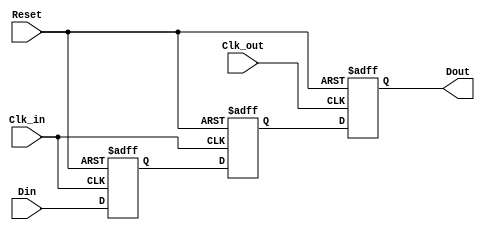
module MemoryBlocksPipelineSynchronizer #(
    parameter DATA_WIDTH = 8,    // Width of the data input/output
    parameter STAGES = 2          // Number of flip-flop stages for metastability handling
) (
    input  wire [DATA_WIDTH-1:0] Din,       // Data input
    input  wire Clk_in,                      // Source clock input
    input  wire Clk_out,                     // Destination clock input
    input  wire Reset,                       // Asynchronous reset
    output reg  [DATA_WIDTH-1:0] Dout       // Synchronized data output
);

    // Intermediate registers for the pipeline stages
    reg [DATA_WIDTH-1:0] sync_stage [0:STAGES-1];

    // Asynchronous reset and synchronization on Clk_in
    always @(posedge Clk_in or posedge Reset) begin
        if (Reset) begin
            sync_stage[0] <= {DATA_WIDTH{1'b0}};
        end else begin
            sync_stage[0] <= Din;  // Capture the input data
        end
    end

    // Synchronize the data to the destination clock domain
    generate
        genvar i;
        for(i = 1; i < STAGES; i = i + 1) begin: sync_stages
            always @(posedge Clk_in or posedge Reset) begin
                if (Reset) begin
                    sync_stage[i] <= {DATA_WIDTH{1'b0}};
                end else begin
                    sync_stage[i] <= sync_stage[i-1]; // Pass data through pipeline
                end
            end
        end
    endgenerate

    // Capture the last stage of synchronized data on Clk_out
    always @(posedge Clk_out or posedge Reset) begin
        if (Reset) begin
            Dout <= {DATA_WIDTH{1'b0}};
        end else begin
            Dout <= sync_stage[STAGES-1]; // Output the synchronized data
        end
    end

endmodule